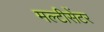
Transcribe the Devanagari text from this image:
मल्टीसेंटर